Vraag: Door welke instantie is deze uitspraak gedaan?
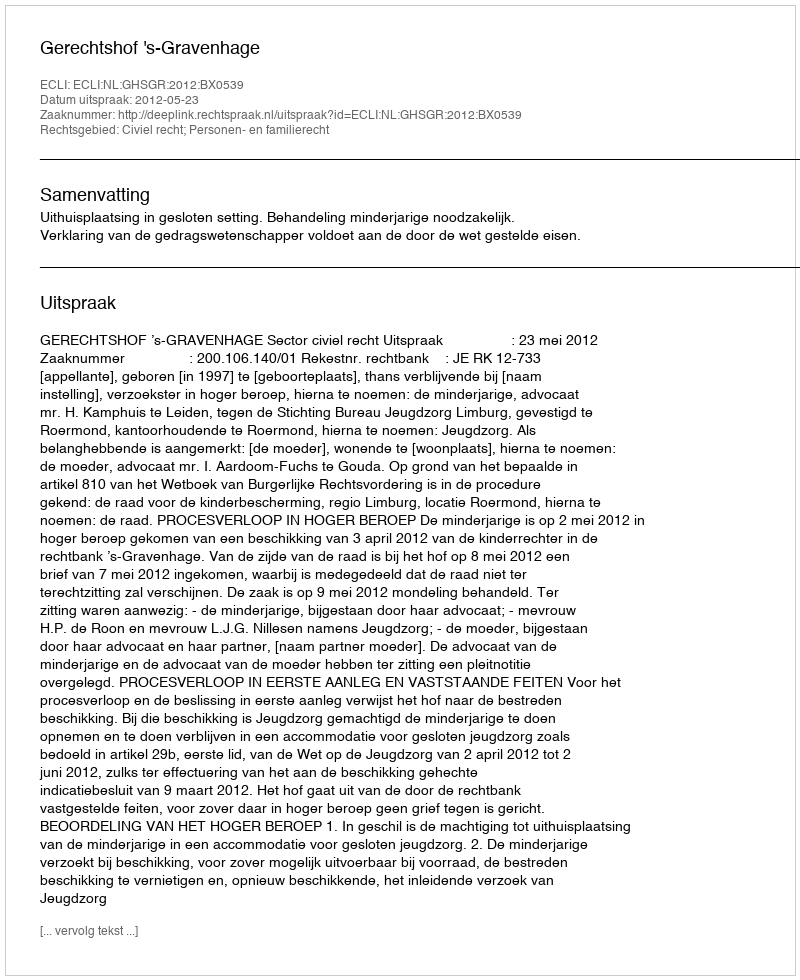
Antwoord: Gerechtshof 's-Gravenhage